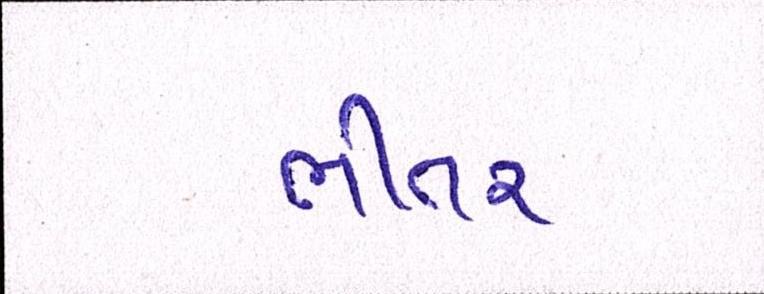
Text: ભીતર